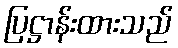
ပြဋ္ဌာန်းထားသည်